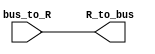
module R(input [15:0] bus_to_R,
		 output [15:0] R_to_bus);

reg [15:0] value;
assign R_to_bus = value;
			
always@(bus_to_R)
begin
value = bus_to_R;
end

endmodule